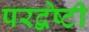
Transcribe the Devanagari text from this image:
परद्वेष्टी